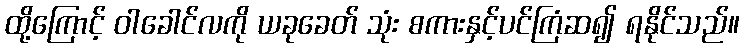
ထို့ကြောင့် ဝါခေါင်လကို ယခုခေတ် သုံး စကားနှင့်ပင်ကြံဆ၍ ရနိုင်သည်။